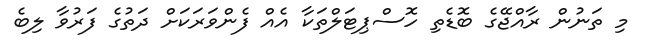
މި ތަނުން ރާއްޖޭގެ ބޮޑެތި ހޮސްޕިޓަލްތަކާ އެއް ފެންވަރަކަށް ދަތުގެ ފަރުވާ ލިބެ